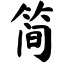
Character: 简